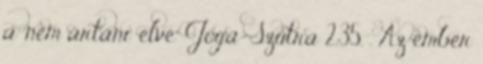
a 'nem ártani' elve" Jóga-Szútra 2,35. . Az ember